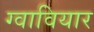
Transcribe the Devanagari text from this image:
ग्वावियार